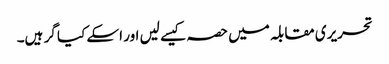
تحریری مقابلہ میں حصہ کیسے لیں اور اسکے کیا گر ہیں۔